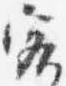
客